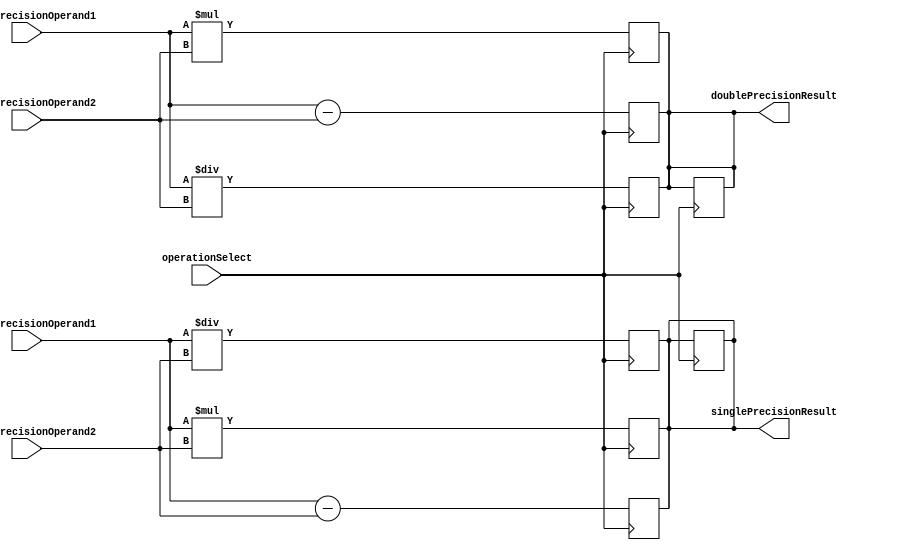
module MixedPrecisionFloatingPointUnit (
    input wire [31:0] singlePrecisionOperand1,
    input wire [31:0] singlePrecisionOperand2,
    input wire [63:0] doublePrecisionOperand1,
    input wire [63:0] doublePrecisionOperand2,
    input wire operationSelect, // 0 for addition, 1 for subtraction, 2 for multiplication, 3 for division
    output reg [31:0] singlePrecisionResult,
    output reg [63:0] doublePrecisionResult
);

// Datapath for single precision addition
always @ (posedge operationSelect) begin
    if (operationSelect == 0) begin
        singlePrecisionResult <= singlePrecisionOperand1 + singlePrecisionOperand2;
    end
end

// Datapath for double precision addition
always @ (posedge operationSelect) begin
    if (operationSelect == 0) begin
        doublePrecisionResult <= doublePrecisionOperand1 + doublePrecisionOperand2;
    end
end

// Datapath for single precision subtraction
always @ (posedge operationSelect) begin
    if (operationSelect == 1) begin
        singlePrecisionResult <= singlePrecisionOperand1 - singlePrecisionOperand2;
    end
end

// Datapath for double precision subtraction
always @ (posedge operationSelect) begin
    if (operationSelect == 1) begin
        doublePrecisionResult <= doublePrecisionOperand1 - doublePrecisionOperand2;
    end
end

// Datapath for single precision multiplication
always @ (posedge operationSelect) begin
    if (operationSelect == 2) begin
        singlePrecisionResult <= singlePrecisionOperand1 * singlePrecisionOperand2;
    end
end

// Datapath for double precision multiplication
always @ (posedge operationSelect) begin
    if (operationSelect == 2) begin
        doublePrecisionResult <= doublePrecisionOperand1 * doublePrecisionOperand2;
    end
end

// Datapath for single precision division
always @ (posedge operationSelect) begin
    if (operationSelect == 3) begin
        singlePrecisionResult <= singlePrecisionOperand1 / singlePrecisionOperand2;
    end
end

// Datapath for double precision division
always @ (posedge operationSelect) begin
    if (operationSelect == 3) begin
        doublePrecisionResult <= doublePrecisionOperand1 / doublePrecisionOperand2;
    end
end

endmodule